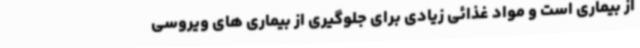
از بیماری است و مواد غذائی زیادی برای جلوگیری از بیماری های ویروسی